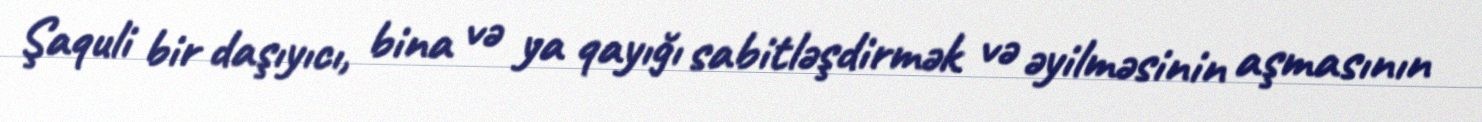
Şaquli bir daşıyıcı, bina və ya qayığı sabitləşdirmək və əyilməsinin aşmasının